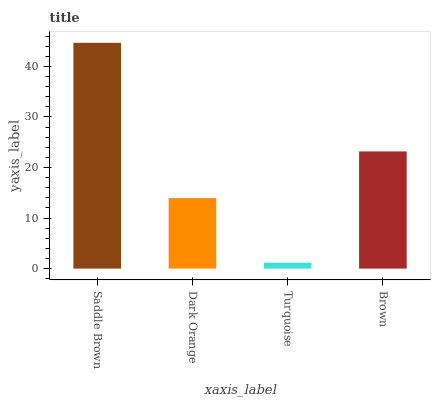
| xaxis_label | bars |
 | --- | --- |
 | Saddle Brown | 44.7 |
 | Dark Orange | 14 |
 | Turquoise | 1.17 |
 | Brown | 23.2 |